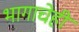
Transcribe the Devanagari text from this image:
भागाचेही